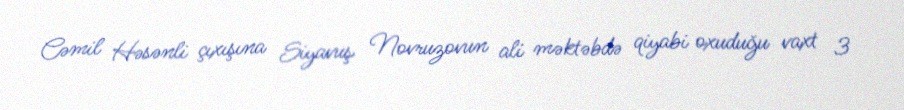
Cəmil Həsənli çıxışına Siyavuş Novruzovun ali məktəbdə qiyabi oxuduğu vaxt 3